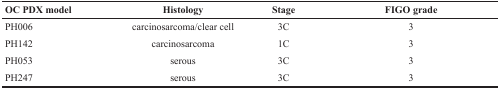
<table><thead><tr><td><b>OC PDX model</b></td><td><b>Histology</b></td><td><b>Stage</b></td><td><b>FIGO grade</b></td></tr></thead><tbody><tr><td>PH006</td><td>carcinosarcoma/clear cell</td><td>3C</td><td>3</td></tr><tr><td>PH142</td><td>carcinosarcoma</td><td>1C</td><td>3</td></tr><tr><td>PH053</td><td>serous</td><td>3C</td><td>3</td></tr><tr><td>PH247</td><td>serous</td><td>3C</td><td>3</td></tr></tbody></table>